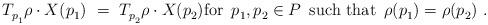
LaTeX: \begin{align*} T_{p_1^{}}^{} \rho \cdot X(p_1^{})~=~T_{p_2^{}}^{} \rho \cdot X(p_2^{}) \mbox{for $\, p_1^{},p_2^{} \in P \,$ such that $\, \rho(p_1^{}) = \rho(p_2^{})$}~.\end{align*}